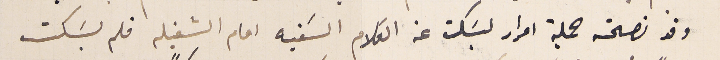
وقد نصحته جملة امرار ليسَكت عن الكلام السَفيه امام الشغيله فلم يسَكت